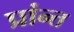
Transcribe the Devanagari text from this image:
प्रांन्त